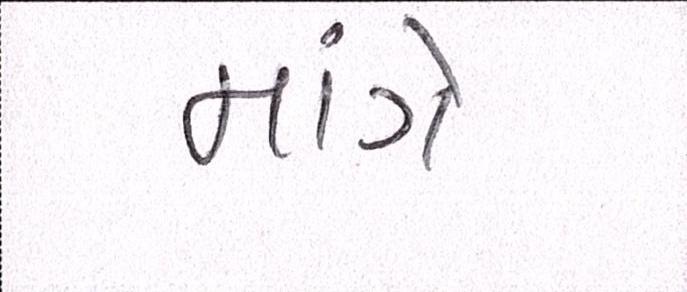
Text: માંગે